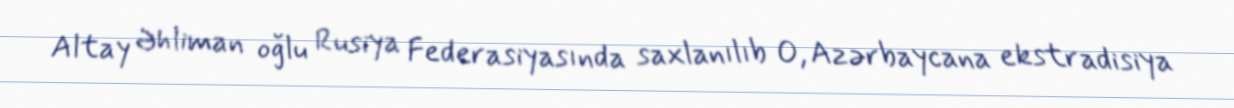
Altay Əhliman oğlu Rusiya Federasiyasında saxlanılıb O, Azərbaycana ekstradisiya